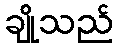
ချိုသည်